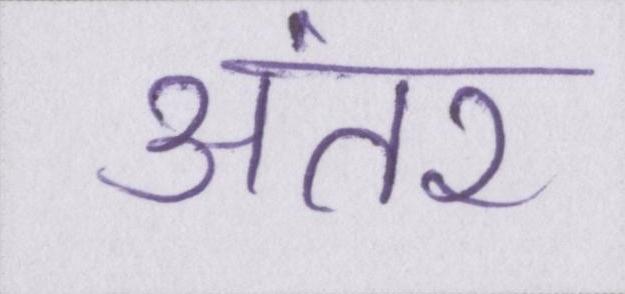
अंतर